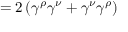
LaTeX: = 2 \left( \gamma ^ { \rho } \gamma ^ { \nu } + \gamma ^ { \nu } \gamma ^ { \rho } \right)